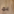
بما